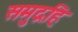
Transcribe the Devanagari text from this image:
समुद्रहि